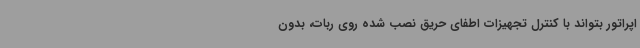
اپراتور بتواند با کنترل تجهیزات اطفای حریق نصب شده روی ربات، بدون